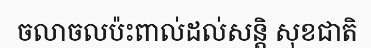
ចលាចលប៉ះពាល់ដល់សន្តិ សុខជាតិ